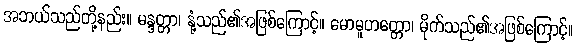
အဘယ်သည်တို့နည်း။ မန္ဒတ္တာ၊ နုံ့သည်၏အဖြစ်ကြောင့်။ မောမူဟတ္တော၊ မိုက်သည်၏အဖြစ်ကြောင့်။